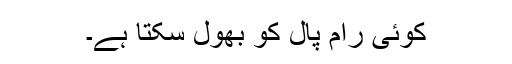
کوئی رام پال کو بھول سکتا ہے۔